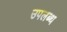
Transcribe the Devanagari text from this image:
उपलब्थ